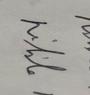
Signature authenticity: genuine